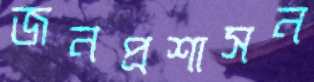
জনপ্রশাসন